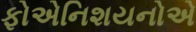
ફોએનિશયનોએ